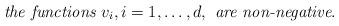
LaTeX: \begin{align*}\textit{the functions }v_i, i=1,\ldots,d,\textit{ are non-negative}.\end{align*}